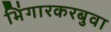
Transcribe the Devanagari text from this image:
भिंगारकरबुवा